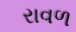
રાવળ